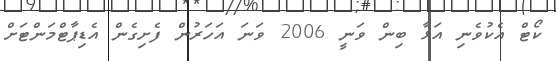
ކޯޓް އެކުވެނި އަޅާ ބިން ވަނީ 2006 ވަނަ އަހަރުން ފެށިގެން އެޑިޕާޓްމަންޓަށް